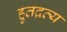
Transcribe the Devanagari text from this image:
हुतद्रव्य